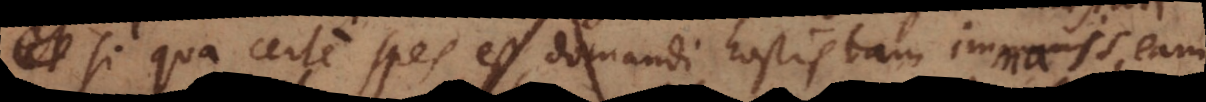
si qua certe spes est domandi hostis tam immanis, eam